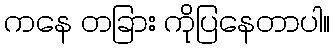
ကနေ တခြား ကိုပြနေတာပါ။